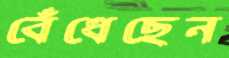
বেঁধেছেন